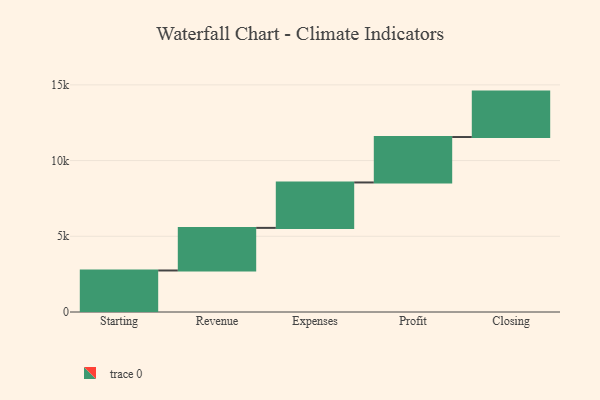
{"axis": {"x": "Step", "y": "Value"}, "legend": [""], "data": [{"x": "Starting", "y": 2742.0, "type": ""}, {"x": "Revenue", "y": 2813.0, "type": ""}, {"x": "Expenses", "y": 3000, "type": ""}, {"x": "Profit", "y": 3000, "type": ""}, {"x": "Closing", "y": 3000, "type": ""}]}